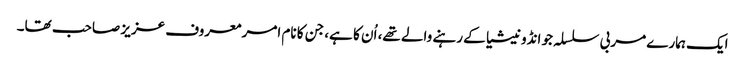
ایک ہمارے مربی سلسلہ جو انڈونیشیا کے رہنے والے تھے، اُن کا ہے، جن کا نام امر معروف عزیز صاحب تھا۔